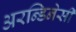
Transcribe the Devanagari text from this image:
अरन्डिनेसी